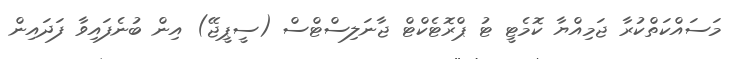
މަސައްކަތްކުރާ ޖަމިއްޔާ ކޮމެޓީ ޓު ޕްރޮޓެކްޓް ޖާނަލިސްޓްސް (ސީޕީޖޭ) އިން ބުނެފައިވާ ފަދައިން